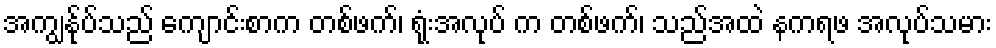
အကျွန်ုပ်သည် ကျောင်းစာက တစ်ဖက်၊ ရုံးအလုပ် က တစ်ဖက်၊ သည်အထဲ နကရဖ အလုပ်သမား